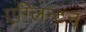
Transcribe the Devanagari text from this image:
एग्लिन्टन